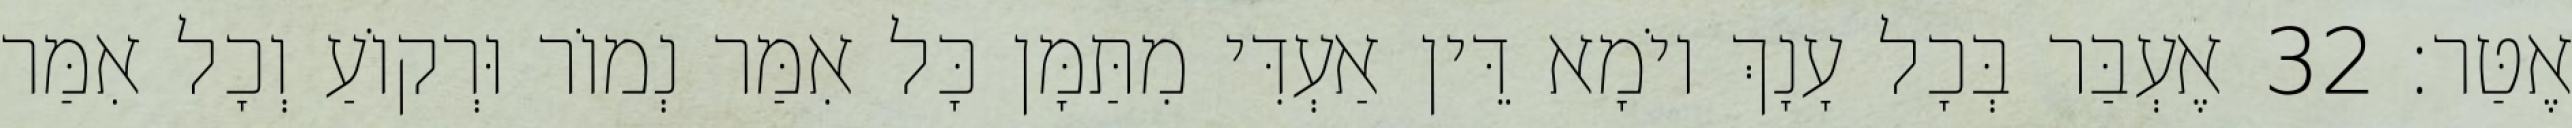
אֶטַּר׃ 32 אֶעְבַּר בְּכָל עָנָךְ יוֹמָא דֵּין אַעְדִּי מִתַּמָּן כָּל אִמַּר נְמוֹר וּרְקוֹעַ וְכָל אִמַּר